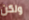
ولكن